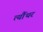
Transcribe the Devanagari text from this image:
त्यौंथर